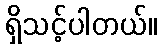
ရှိသင့်ပါတယ်။